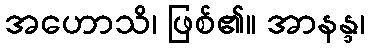
အဟောသိ၊ ဖြစ်၏။ အာနန္ဒ၊